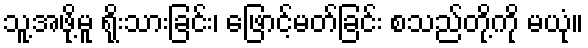
သူ့အဖို့မူ ရိုးသားခြင်း၊ ဖြောင့်မတ်ခြင်း စသည်တို့ကို မယုံ။